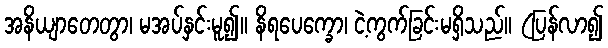
အနိယျာတေတွာ၊ မအပ်နှင်းမူ၍။ နိရပေက္ခော၊ ငဲ့ကွက်ခြင်းမရှိသည်။ (ပြန်လာ၍